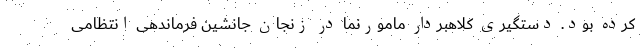
کرده بود. دستگیری کلاهبردار مامورنما در زنجان جانشین فرماندهی انتظامی